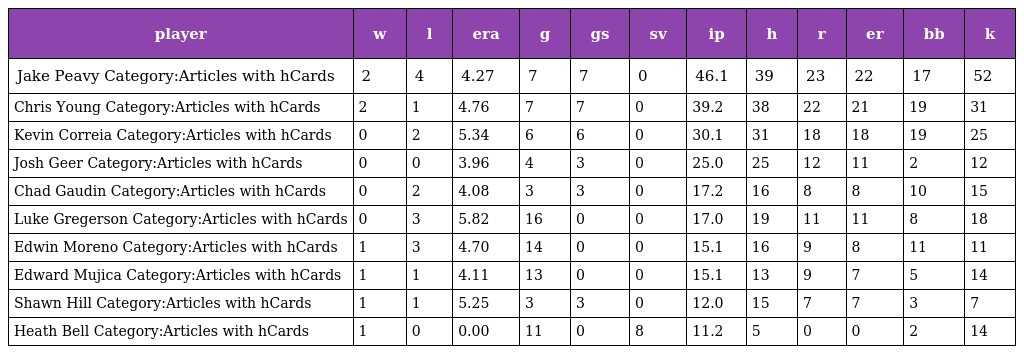
| player | w | l | era | g | gs | sv | ip | h | r | er | bb | k |
 | --- | --- | --- | --- | --- | --- | --- | --- | --- | --- | --- | --- | --- |
 | Jake Peavy Category:Articles with hCards | 2 | 4 | 4.27 | 7 | 7 | 0 | 46.1 | 39 | 23 | 22 | 17 | 52 |
 | Chris Young Category:Articles with hCards | 2 | 1 | 4.76 | 7 | 7 | 0 | 39.2 | 38 | 22 | 21 | 19 | 31 |
 | Kevin Correia Category:Articles with hCards | 0 | 2 | 5.34 | 6 | 6 | 0 | 30.1 | 31 | 18 | 18 | 19 | 25 |
 | Josh Geer Category:Articles with hCards | 0 | 0 | 3.96 | 4 | 3 | 0 | 25.0 | 25 | 12 | 11 | 2 | 12 |
 | Chad Gaudin Category:Articles with hCards | 0 | 2 | 4.08 | 3 | 3 | 0 | 17.2 | 16 | 8 | 8 | 10 | 15 |
 | Luke Gregerson Category:Articles with hCards | 0 | 3 | 5.82 | 16 | 0 | 0 | 17.0 | 19 | 11 | 11 | 8 | 18 |
 | Edwin Moreno Category:Articles with hCards | 1 | 3 | 4.70 | 14 | 0 | 0 | 15.1 | 16 | 9 | 8 | 11 | 11 |
 | Edward Mujica Category:Articles with hCards | 1 | 1 | 4.11 | 13 | 0 | 0 | 15.1 | 13 | 9 | 7 | 5 | 14 |
 | Shawn Hill Category:Articles with hCards | 1 | 1 | 5.25 | 3 | 3 | 0 | 12.0 | 15 | 7 | 7 | 3 | 7 |
 | Heath Bell Category:Articles with hCards | 1 | 0 | 0.00 | 11 | 0 | 8 | 11.2 | 5 | 0 | 0 | 2 | 14 |